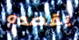
يقصده